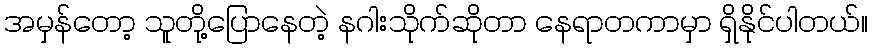
အမှန်တော့ သူတို့ပြောနေတဲ့ နဂါးသိုက်ဆိုတာ နေရာတကာမှာ ရှိနိုင်ပါတယ်။